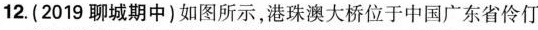
12.(2019聊城期中)如图所示，港珠澳大桥位于中国广东省伶仃